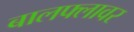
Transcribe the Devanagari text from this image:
बालफ्लावर